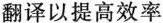
翻译以提高效率